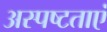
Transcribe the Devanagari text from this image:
अस्पष्टताएं